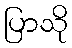
ပြာသို